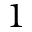
1